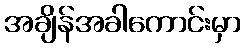
အချိန်အခါကောင်းမှာ